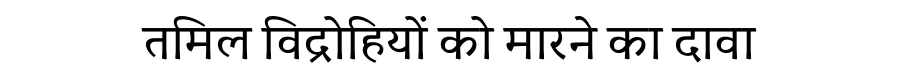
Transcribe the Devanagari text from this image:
तमिल विद्रोहियों को मारने का दावा